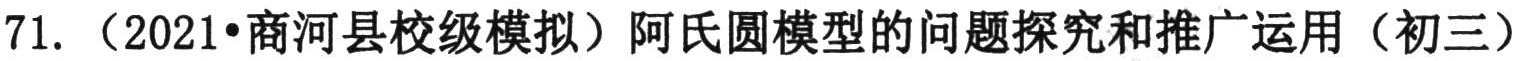
71. （2021•商河县校级模拟）阿氏圆模型的问题探究和推广运用（初三）